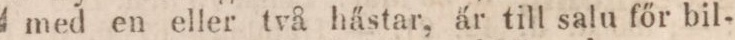
med en eller två hästar, är till salu főr bil-